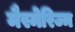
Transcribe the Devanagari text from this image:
मैस्मेरिज्म